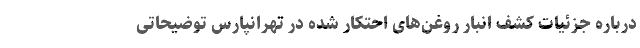
درباره جزئیات کشف انبار روغن‌های احتکار شده در تهرانپارس توضیحاتی